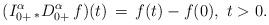
LaTeX: \begin{align*} (I_{0+}^\alpha\, _*D_{0+}^\alpha \, f)(t)\, =\, f(t) - f(0),\ t>0.\end{align*}